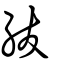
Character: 紱